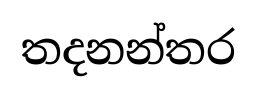
තදනන්තර